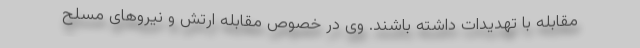
مقابله با تهدیدات داشته باشند. وی در خصوص مقابله ارتش و نیروهای مسلح